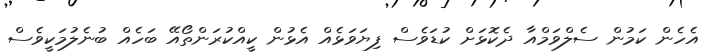
އެހެން ކަމުން ސެލްވަމްއާ ދެކޮޅަށް ކުޑަވެސް ފިޔަވަޅެއް އެޅުން ކީއްކުރަންތޯއޭ ބަހެއް ބުނެލުމަކީވެސް